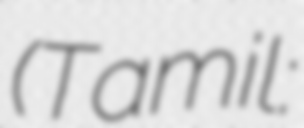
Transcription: (Tamil: